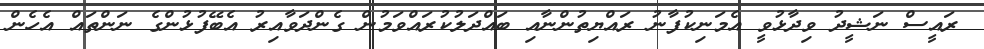
ރައީސް ނަޝީދު ވިދާޅުވީ އެމަނިކުފާނު ރައްޔިތުންނާއި ބައްދަލުކުރައްވަމުން ގެންދަވާއިރު އެބޭފުޅުންގެ ނަންތައް އެހެން